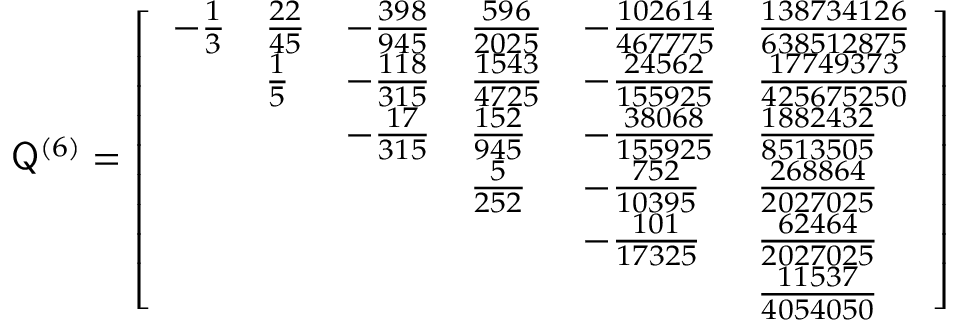
\mathsf Q ^ { ( 6 ) } = \left[ \begin{array} { l l l l l l } { - \frac { 1 } { 3 } } & { \frac { 2 2 } { 4 5 } } & { - \frac { 3 9 8 } { 9 4 5 } } & { \frac { 5 9 6 } { 2 0 2 5 } } & { - \frac { 1 0 2 6 1 4 } { 4 6 7 7 7 5 } } & { \frac { 1 3 8 7 3 4 1 2 6 } { 6 3 8 5 1 2 8 7 5 } } \\ & { \frac { 1 } { 5 } } & { - \frac { 1 1 8 } { 3 1 5 } } & { \frac { 1 5 4 3 } { 4 7 2 5 } } & { - \frac { 2 4 5 6 2 } { 1 5 5 9 2 5 } } & { \frac { 1 7 7 4 9 3 7 3 } { 4 2 5 6 7 5 2 5 0 } } \\ & & { - \frac { 1 7 } { 3 1 5 } } & { \frac { 1 5 2 } { 9 4 5 } } & { - \frac { 3 8 0 6 8 } { 1 5 5 9 2 5 } } & { \frac { 1 8 8 2 4 3 2 } { 8 5 1 3 5 0 5 } } \\ & & & { \frac { 5 } { 2 5 2 } } & { - \frac { 7 5 2 } { 1 0 3 9 5 } } & { \frac { 2 6 8 8 6 4 } { 2 0 2 7 0 2 5 } } \\ & & & & { - \frac { 1 0 1 } { 1 7 3 2 5 } } & { \frac { 6 2 4 6 4 } { 2 0 2 7 0 2 5 } } \\ & & & & & { \frac { 1 1 5 3 7 } { 4 0 5 4 0 5 0 } } \end{array} \right]